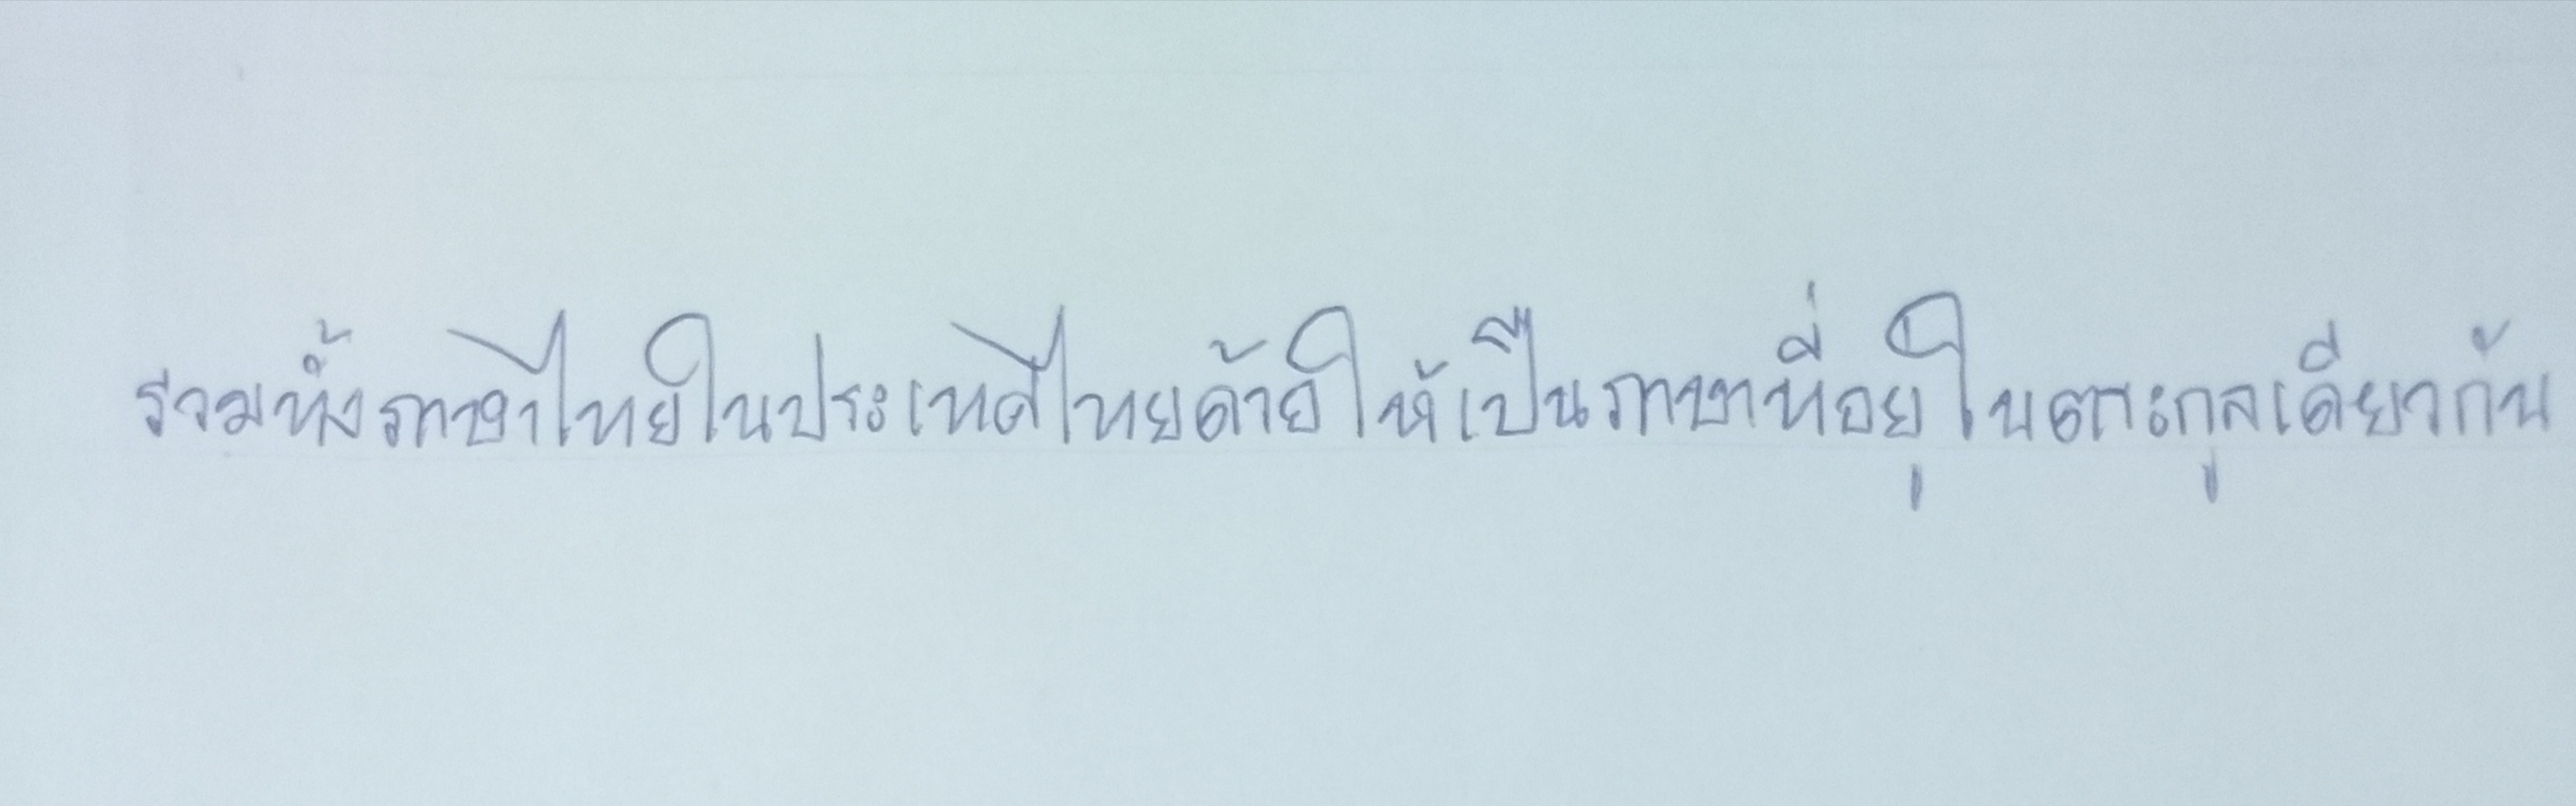
รวมทั้งภาษาไทยในประเทศไทยด้วยให้เป็นภาษาที่อยู่ในตระกูลเดียวกัน